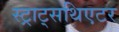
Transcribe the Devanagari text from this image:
स्ट्राट्सथिएटर